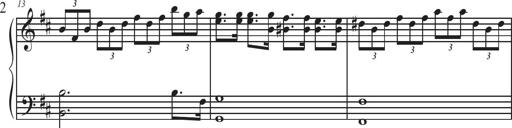
Title: Sonatina Espania
Composer: Jerald Franklin Archer
Key: Various